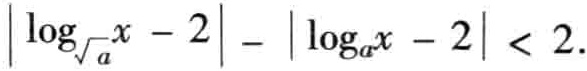
\(\left|\log_{\sqrt{a}}x - 2\right| - \left|\log_{a}x - 2\right| < 2\)